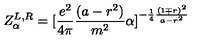
Z _ { \alpha } ^ { L , R } = [ { \frac { e ^ { 2 } } { 4 \pi } } { \frac { ( a - r ^ { 2 } ) } { m ^ { 2 } } } \alpha ] ^ { - { \frac { 1 } { 4 } } { \frac { ( 1 \mp r ) ^ { 2 } } { a - r ^ { 2 } } } }